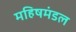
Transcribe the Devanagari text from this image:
महिषमंडल